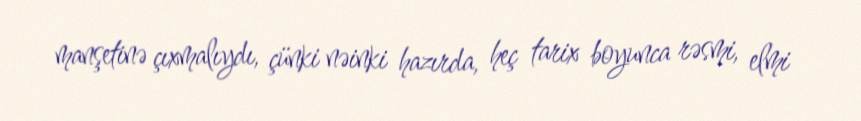
manşetinə çıxmalıydı, çünki nəinki hazırda, heç tarix boyunca rəsmi, elmi